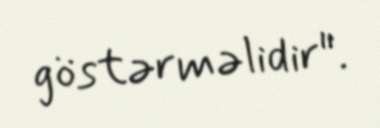
göstərməlidir".